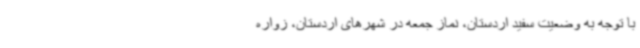
با توجه به وضعیت سفید اردستان، نماز جمعه در شهرهای اردستان، زواره